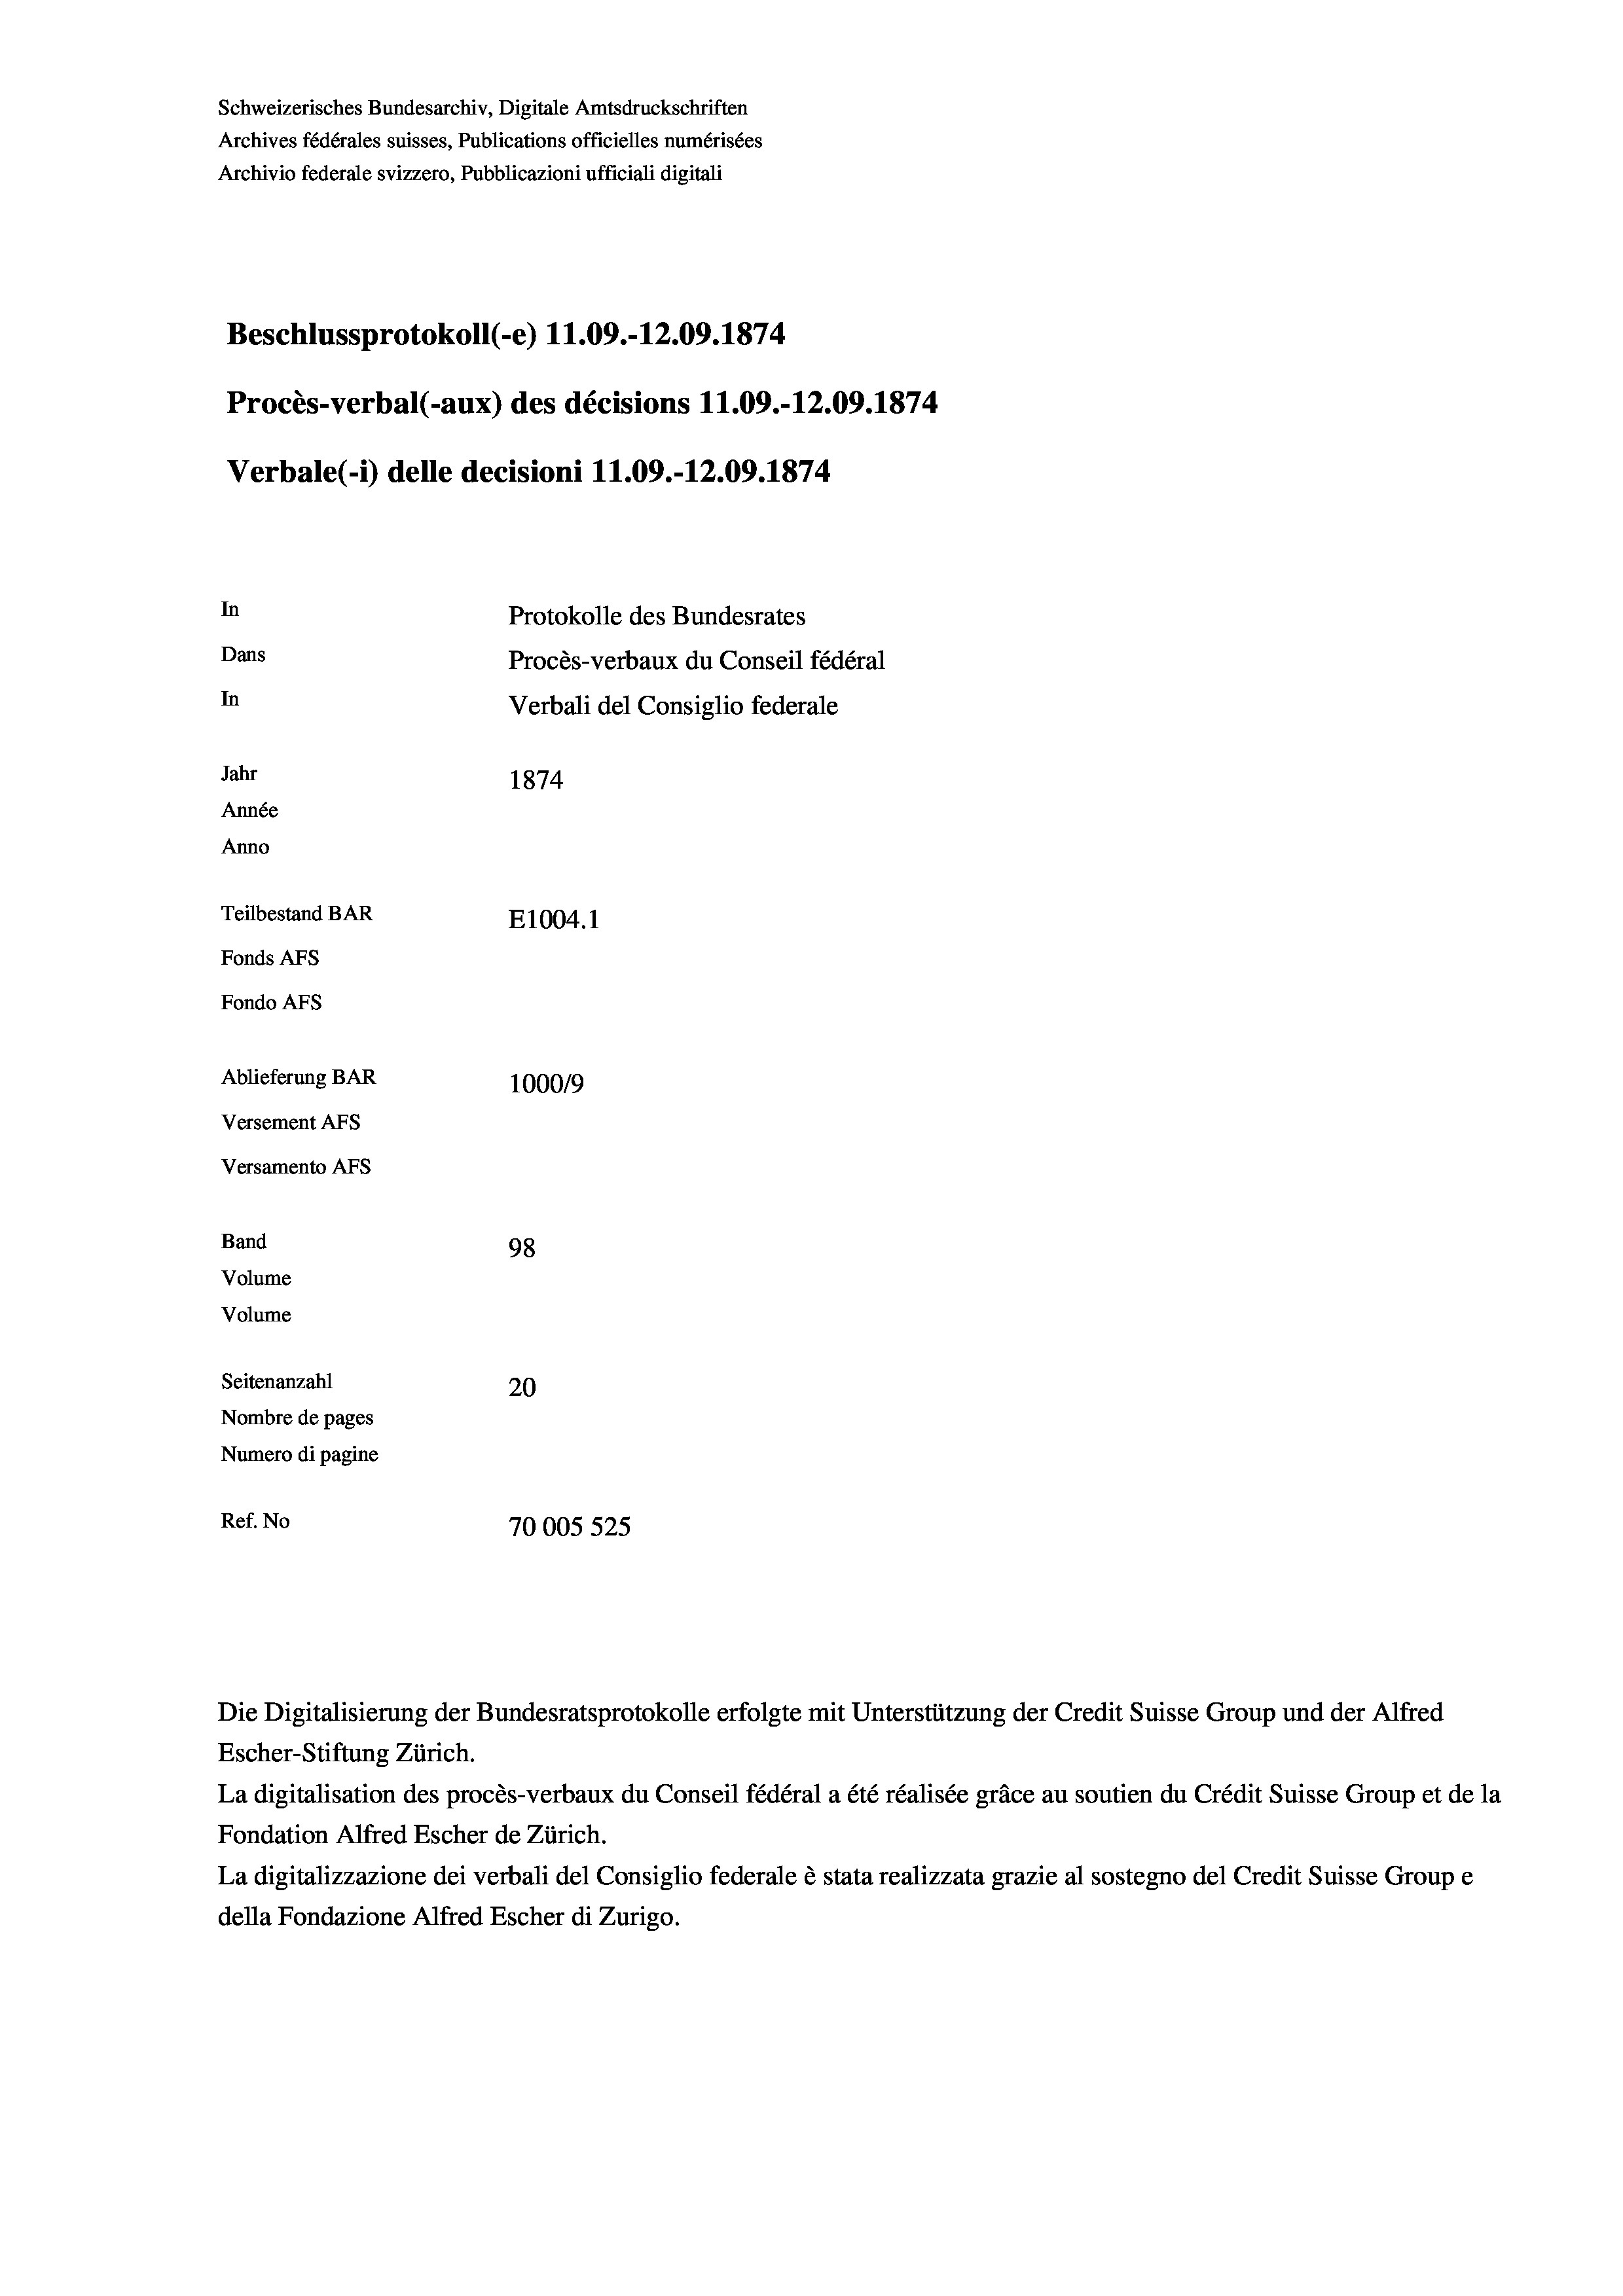
Schweizerisches Bundesarchiv, Digitale Amtsdruckschriften
Archives fédérales suisses, Publications officielles numérisées
Archivio federale svizzero, Pubblicazioni ufficiali digitali
Beschlussprotokoll (-e) 11.09.-12.09. 1874
Procès-verbal (-aux) des décisions 11.09.-12.09. 1874
Verbale(-*) delle decisioni 11.09.-12.09. 1874
In
Protokolle des Bundesrates
Dans
Procès-verbaux du Conseil fédéral
In
Verbali del Consiglio federale
Jahr
1874
Année
Anno
Teilbestand BAR
E1004. 1
Fonds AFs
Fondo AFS
Ablieferung BAR
1000/9
Versement AFs
Versamento AFs
Band
98
Volume
Volume
Seitenanzahl
20
Nombre de pages
Numero di pagine
Ref. No
70005 525

Die Digitalisierung der Bundesratsprotokolle erfolgte mit Unterstützung der Credit Suisse Group und der Alfred
Escher-Stiftung Zürich.
La digitalisation des procès-verbaux du Conseil fédéral a été réalisée gräce au soutien du Crédit Suisse Group et de la
Fondation Alfred Escher de Zürich.
La digitalizzazione dei verbali del Consiglio federale è stata realizzata grazie al sostegno del Credit Suisse Groupe
della Fondazione Alfred Escher di Zurigo.